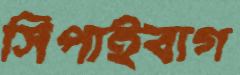
সিপাইবাগ